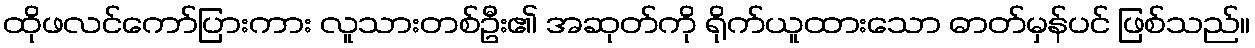
ထိုဖလင်ကော်ပြားကား လူသားတစ်ဦး၏ အဆုတ်ကို ရိုက်ယူထားသော ဓာတ်မှန်ပင် ဖြစ်သည်။